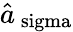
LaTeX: \hat{a}_{\mathrm{\ sigma}}